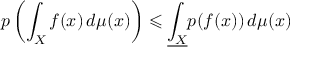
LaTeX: p \left( \int _ { X } f ( x ) \, d \mu ( x ) \right) \leqslant { \underline { { \int _ { X } } } } p ( f ( x ) ) \, d \mu ( x )